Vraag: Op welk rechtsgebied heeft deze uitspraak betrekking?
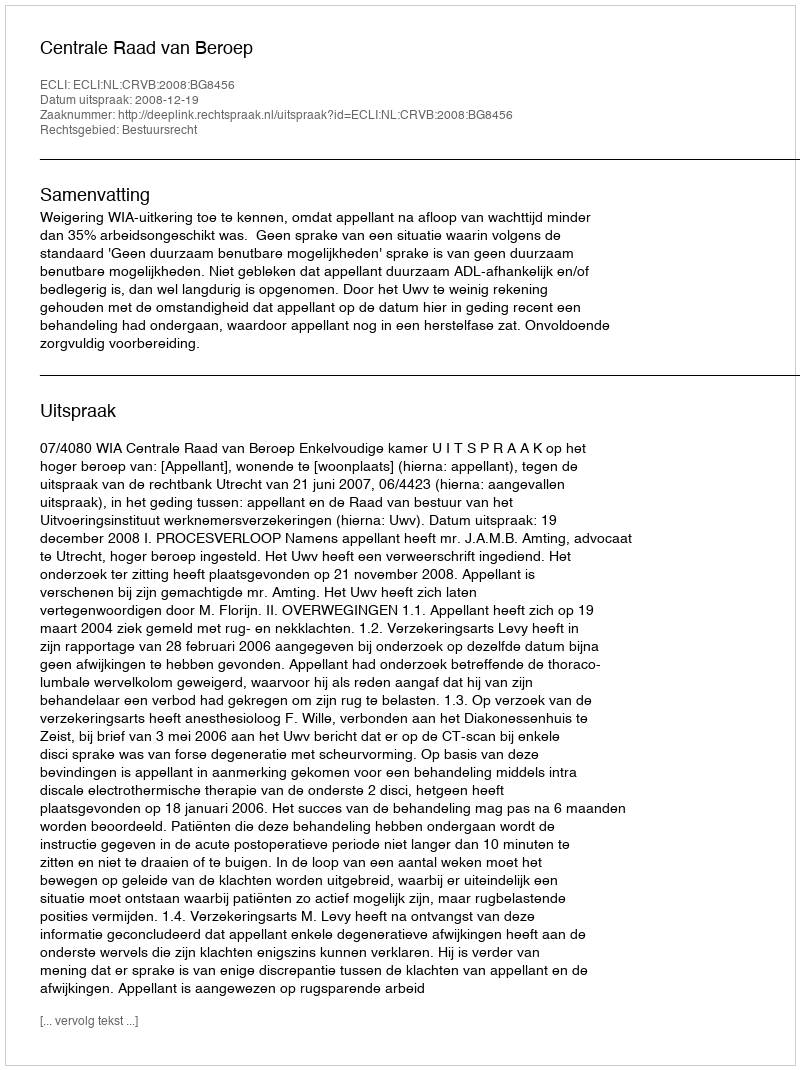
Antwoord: Bestuursrecht